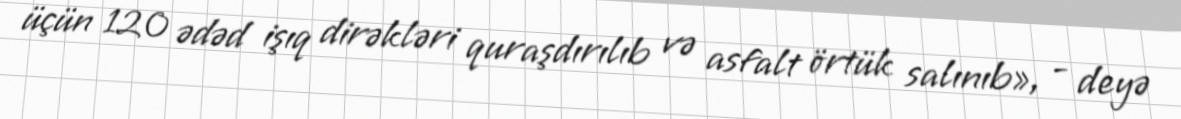
üçün 120 ədəd işıq dirəkləri quraşdırılıb və asfalt örtük salınıb», - deyə